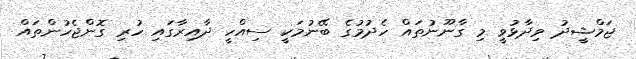
ޖަމްޝީދު ވިދާޅުވީ މި ގާނޫނުތައް ހެދުމުގެ ބޭނުމަކީ ސިއްހީ ދާއިރާގައި ހުރި ގޮންޖެހުންތައް